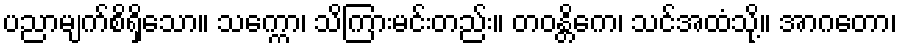
ပညာမျက်စိရှိသော။ သက္ကော၊ သိကြားမင်းတည်း။ တဝန္တိကေ၊ သင်အထံသို့။ အာဂတော၊